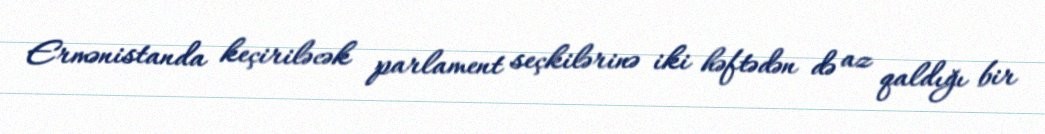
Ermənistanda keçiriləcək parlament seçkilərinə iki həftədən də az qaldığı bir